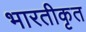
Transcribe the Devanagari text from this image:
भारतीकृत